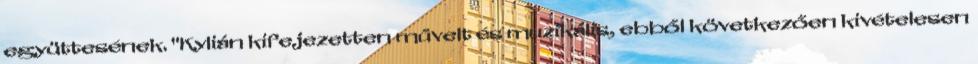
együttesének. "Kylián kifejezetten művelt és muzikális, ebből következően kivételesen